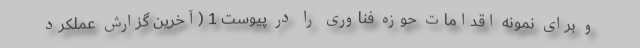
و برای نمونه اقدامات حوزه فناوری را در پیوست 1 (آخرین گزارش عملکرد